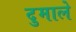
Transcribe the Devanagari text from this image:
दुमाले